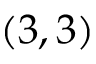
( 3 , 3 )